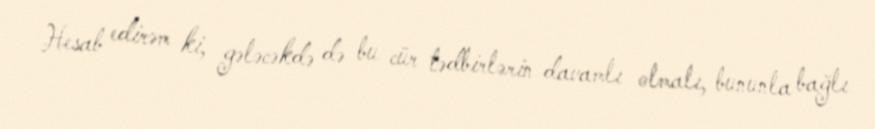
Hesab edirəm ki, gələcəkdə də bu cür tədbirlərin davamlı olmalı, bununla bağlı